Indian journal of veterinary science and animal husbandry - Volume 5,
Year: 1935
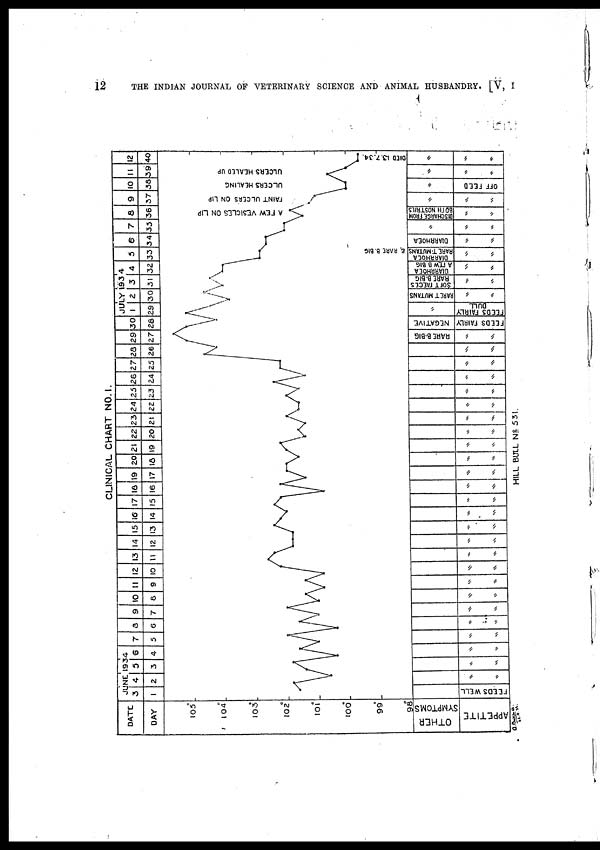
12
THE INDIAN JOURNAL OF VETERINARY SCIENCE AND ANIMAL HUSBANDRY. [V, I